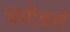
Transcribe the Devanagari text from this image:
चमीकले